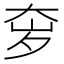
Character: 𫯥